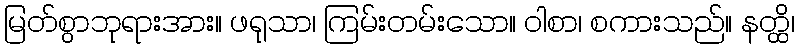
မြတ်စွာဘုရားအား။ ဖရုသာ၊ ကြမ်းတမ်းသော။ ဝါစာ၊ စကားသည်။ နတ္ထိ၊